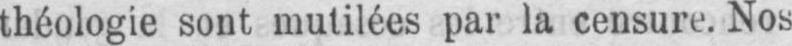
théologie sont mutilées par la censure. Nos